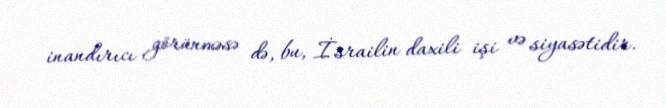
inandırıcı görünməsə də, bu, İsrailin daxili işi və siyasətidir.